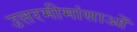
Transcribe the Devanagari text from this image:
उत्तरमीमांसाओं